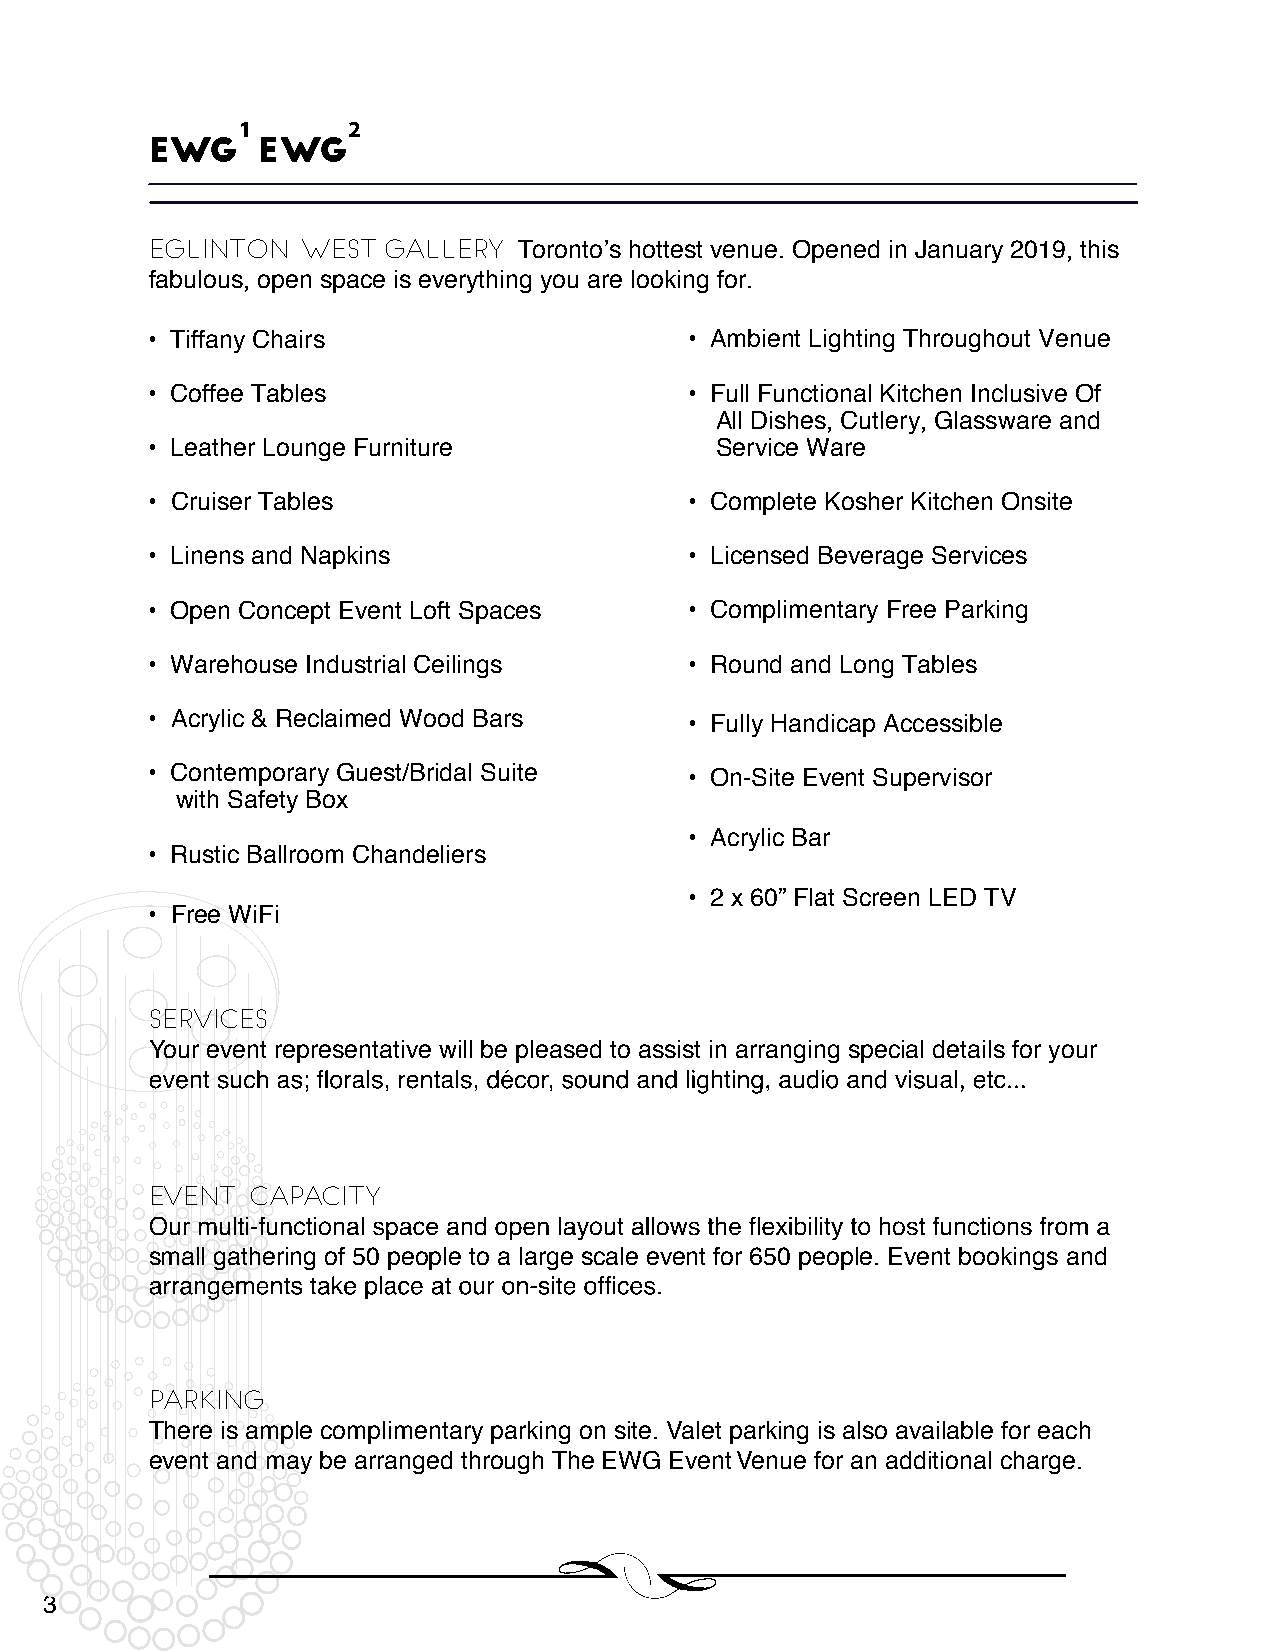
1      2
 EWG    eWG
 EGLIN TON WEST  Gallery
 Toronto’s hottest venue. O pened in January 2019, this
 fabulous, open space is everything you are looking for.
 • Tiffany Chairs                    • Ambient Lighting Throughout Venue
 • Coffee Tables                     • Full Functional Kitchen Inclusive Of
 All Dishes, Cutlery, Glassware and
 • Leather Lounge Furniture           Service Ware
 • Cruiser Tables                    • Complete Kosher Kitchen Onsite
 • Linens and Napkins                • Licensed Beverage Services
 • Open Concept Event Loft Spaces    • Complimentary Free Parking
 • Warehouse Industrial Ceilings     • Round and Long Tables
 • Acrylic & Reclaimed Wood Bars     • Fully Handicap Accessible
 • Contemporary Guest/Bridal Suite   • On-Site Event Supervisor
 with Safety Box
 • Acrylic Bar
 • Rustic Ballroom Chandeliers
 • 2 x 60” Flat Screen LED TV
 • Free WiFi
 SERVICES
 Your event representative will be pleased to assist in arranging special details for your
 EVENT  CAPACITY
 small gathering of 50 people to a large scale event for 650 people. Event bookings and
 PARKING
 There is ample complimentary parking on site. Valet parking is also available for each
 event and may be arranged through The EWG Event Venue for an additional charge.
 3